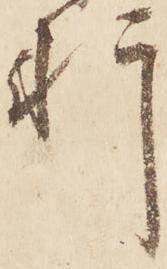
軒